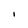
Character: I